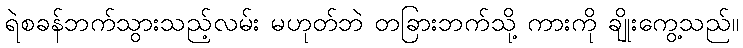
ရဲစခန်ဘက်သွားသည့်လမ်း မဟုတ်ဘဲ တခြားဘက်သို့ ကားကို ချိုးကွေ့သည်။